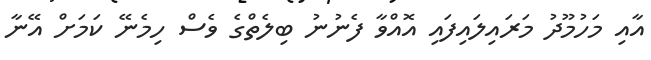
އާއި މަހުމޫދު މަރައިލައިފައި އޮއްވާ ފެނުނު ބިލެތްގެ ވެސް ހިމެނޭ ކަމަށް އޭނާ